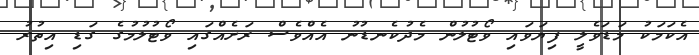
އެކަމަކު މަޑަވެލީ ފިޔަވައި ވޯޓުލުން މެދުކެނޑުނު އެއްވެސް ރަށެއްގައި ވޯޓުލުމުގެ ގަޑި އިތުރު